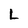
Character: L